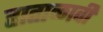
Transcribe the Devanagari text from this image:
हाताळावी